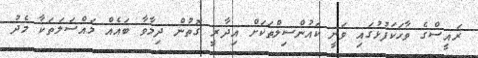
ރައީސްގެ ވާހަކަފުޅުގައި ވަނީ ކައުންސިލްތަކަށް އިދާރީ ގޮތުން ދިމާވާ ބައެއް މައްސަލަތަކާ މެދު